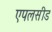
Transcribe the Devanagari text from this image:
एपलसीड